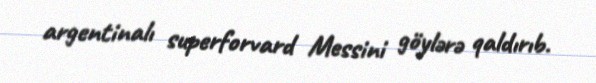
argentinalı superforvard Messini göylərə qaldırıb.